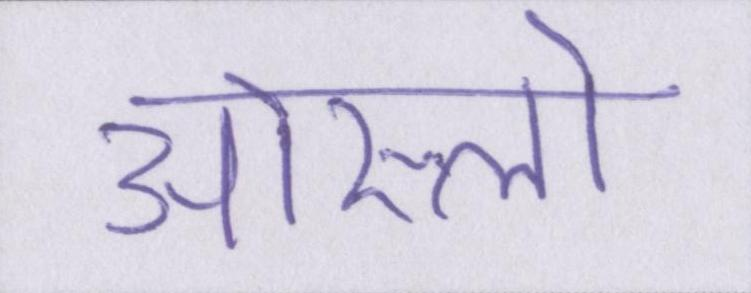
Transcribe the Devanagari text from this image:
ओस्लो